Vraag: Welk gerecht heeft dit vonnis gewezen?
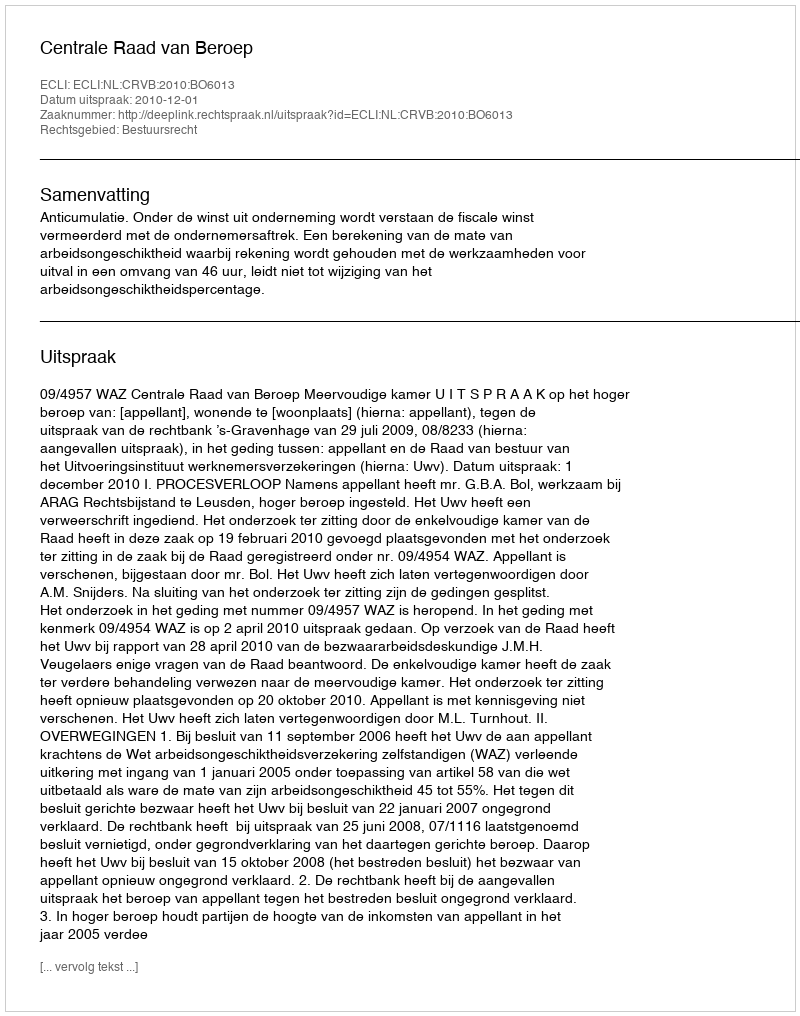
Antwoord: Centrale Raad van Beroep